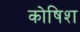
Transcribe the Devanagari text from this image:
कोषिश